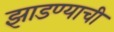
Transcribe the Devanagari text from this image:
झाडण्याची